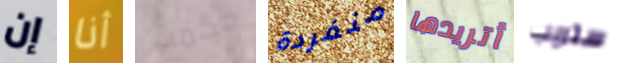
إن أنا حكمت منفردة أتريدها ستريب